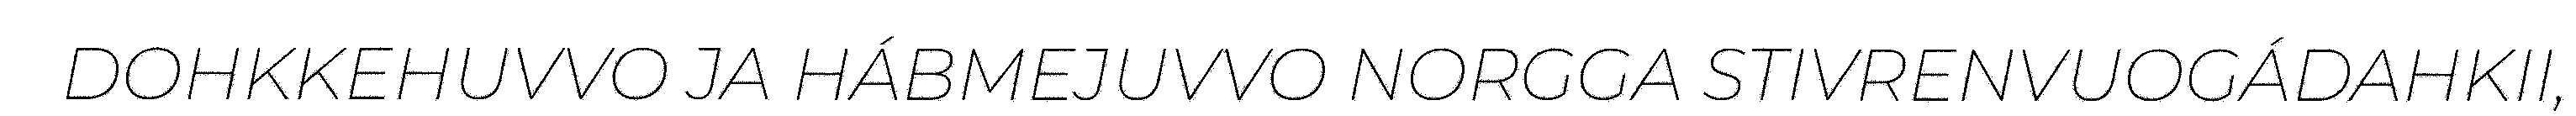
DOHKKEHUVVO JA HÁBMEJUVVO NORGGA STIVRENVUOGÁDAHKII,